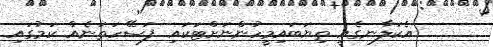
އެކަލާނގެއީ ތިޔަބައިމީހުންނަށްޓަކައި ފަސޭހަތަނެއް ކަމުގައި